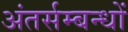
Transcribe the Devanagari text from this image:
अंतर्सम्बन्धों